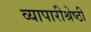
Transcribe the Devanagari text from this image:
व्यापारीश्रेष्ठी